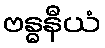
ဗန္ဓနီယံ